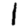
Digit: 1